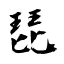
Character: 琵